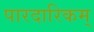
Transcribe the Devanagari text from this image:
पारदारिकम्